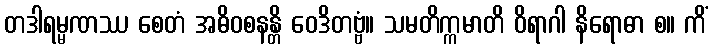
တဒါရမ္မဏဿ စေတံ အဓိဝစနန္တိ ဝေဒိတဗ္ဗံ။ သမတိက္ကမာတိ ဝိရာဂါ နိရောဓာ စ။ ကိံ